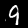
Label: 9